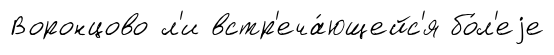
Воронцово л'и встр'еча́ющейс'я бо́л'еjе